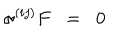
\sigma ^ { ( i j ) } F \; \; = \; \; 0